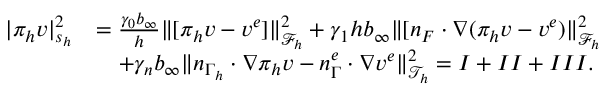
\begin{array} { r l } { | \pi _ { h } v | _ { s _ { h } } ^ { 2 } } & { = \frac { \gamma _ { 0 } b _ { \infty } } { h } \| [ \pi _ { h } v - v ^ { e } ] \| _ { \mathcal { F } _ { h } } ^ { 2 } + \gamma _ { 1 } h b _ { \infty } \| [ n _ { F } \cdot \nabla ( \pi _ { h } v - v ^ { e } ) \| _ { \mathcal { F } _ { h } } ^ { 2 } } \\ & { \quad + \gamma _ { n } b _ { \infty } \| n _ { \Gamma _ { h } } \cdot \nabla \pi _ { h } v - n _ { \Gamma } ^ { e } \cdot \nabla v ^ { e } \| _ { \mathcal { T } _ { h } } ^ { 2 } = I + I I + I I I . } \end{array}